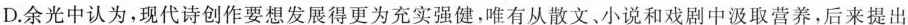
D.余光中认为，现代诗创作要想发展得更为充实强健，唯有从散文，小说和戏剧中汲取营养，后来提出